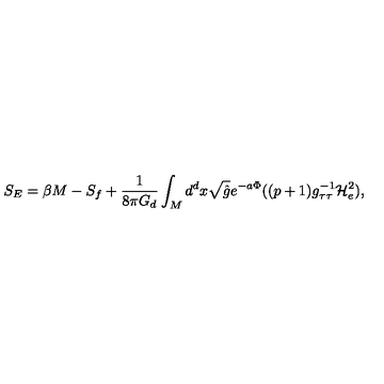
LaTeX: S _ { E } = \beta M - S _ { f } + \frac { 1 } { 8 \pi G _ { d } } \int _ { M } d ^ { d } x \sqrt { \hat { g } } e ^ { - a \Phi } ( ( p + 1 ) g _ { \tau \tau } ^ { - 1 } { \mathcal H } _ { e } ^ { 2 } ) ,